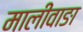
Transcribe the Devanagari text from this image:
मालीवाङा